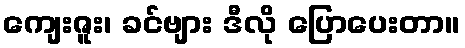
ကျေးဇူး၊ ခင်ဗျား ဒီလို ပြောပေးတာ။